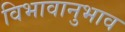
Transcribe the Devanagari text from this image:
विभावानुभाव